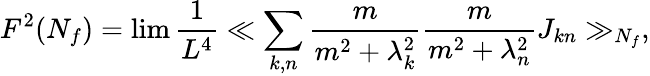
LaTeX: F^{2}(N_{f})=\operatorname*{lim}\frac{1}{L^{4}}\ll\sum_{k,n}\frac{m}{m^{2}+\lambda_{k}^{2}}\frac{m}{m^{2}+\lambda_{n}^{2}}J_{kn}\gg_{N_{f}},